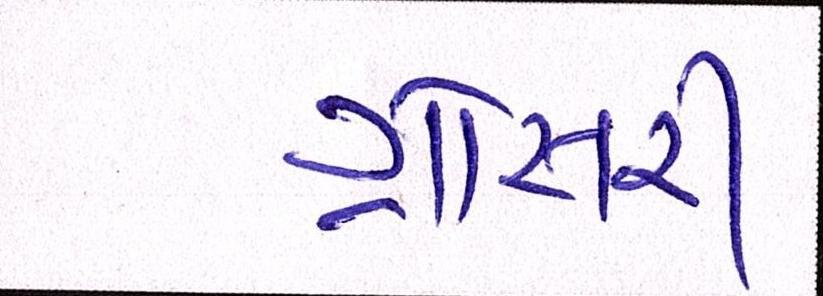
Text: ગ્રોસરી